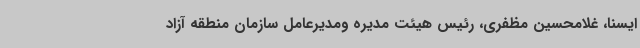
ایسنا، غلامحسین مظفری، رئیس هیئت مدیره ومدیرعامل سازمان منطقه آزاد